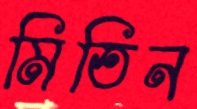
মিতিন